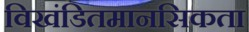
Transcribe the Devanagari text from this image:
विखंडितमानसिकता